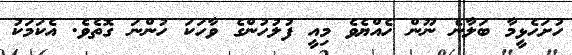
ހުށަހެޅީމާ ބަލާނެ ނޫން ހެއްޔެވެ މިއީ ފުލުހުންގެ ވާހަކަ ހުންނަ ގޮތެވެ. އެކަމަކު